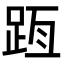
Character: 𨀿